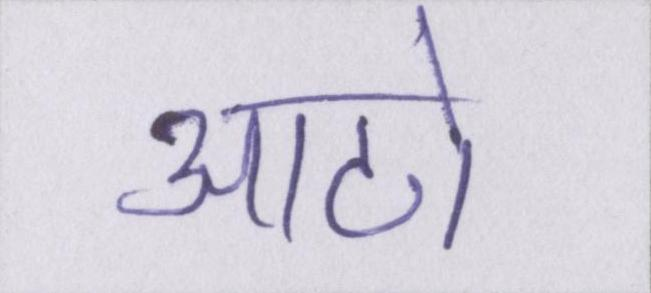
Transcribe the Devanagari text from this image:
आठो